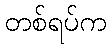
တစ်ရပ်က